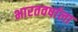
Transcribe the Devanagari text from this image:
भारतवर्षाला